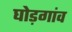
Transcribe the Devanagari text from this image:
घोड़गांव